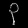
Digit: ၃